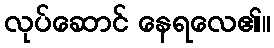
လုပ်ဆောင် နေရလေ၏။